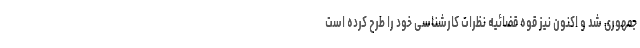
جمهوری شد و اکنون نیز قوه قضائیه نظرات کارشناسی خود را طرح کرده است